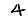
Digit: 4